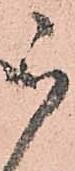
被